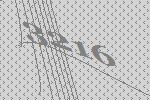
3216